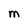
Character: M